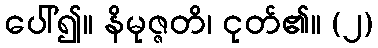
ပေါ်၍။ နိမုဇ္ဇတိ၊ ငုတ်၏။ (၂)